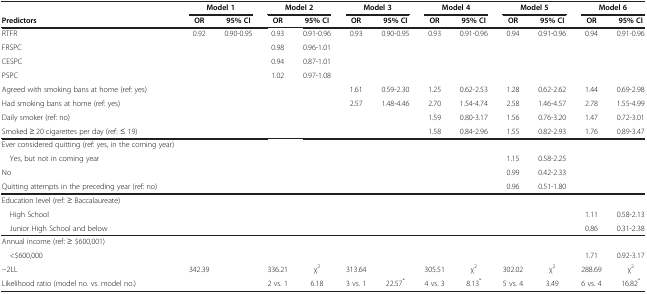
<table><thead><tr><td><b> </b></td><td colspan="2"><b>Model 1</b></td><td colspan="2"><b>Model 2</b></td><td colspan="2"><b>Model 3</b></td><td colspan="2"><b>Model 4</b></td><td colspan="2"><b>Model 5</b></td><td colspan="2"><b>Model 6</b></td></tr><tr><td><b>Predictors</b></td><td><b>OR</b></td><td><b>95% CI</b></td><td><b>OR</b></td><td><b>95% CI</b></td><td><b>OR</b></td><td><b>95% CI</b></td><td><b>OR</b></td><td><b>95% CI</b></td><td><b>OR</b></td><td><b>95% CI</b></td><td><b>OR</b></td><td><b>95% CI</b></td></tr></thead><tbody><tr><td>RTFR</td><td>0.92</td><td>0.90-0.95</td><td>0.93</td><td>0.91-0.96</td><td>0.93</td><td>0.90-0.95</td><td>0.93</td><td>0.91-0.96</td><td>0.94</td><td>0.91-0.96</td><td>0.94</td><td>0.91-0.96</td></tr><tr><td>FRSPC</td><td> </td><td> </td><td>0.98</td><td>0.96-1.01</td><td> </td><td> </td><td> </td><td> </td><td> </td><td> </td><td> </td><td> </td></tr><tr><td>CESPC</td><td> </td><td> </td><td>0.94</td><td>0.87-1.01</td><td> </td><td> </td><td> </td><td> </td><td> </td><td> </td><td> </td><td> </td></tr><tr><td>PSPC</td><td> </td><td> </td><td>1.02</td><td>0.97-1.08</td><td> </td><td> </td><td> </td><td> </td><td> </td><td> </td><td> </td><td> </td></tr><tr><td>Agreed with smoking bans at home (ref: yes)</td><td> </td><td> </td><td> </td><td> </td><td>1.61</td><td>0.59-2.30</td><td>1.25</td><td>0.62-2.53</td><td>1.28</td><td>0.62-2.62</td><td>1.44</td><td>0.69-2.98</td></tr><tr><td>Had smoking bans at home (ref: yes)</td><td> </td><td> </td><td> </td><td> </td><td>2.57</td><td>1.48-4.46</td><td>2.70</td><td>1.54-4.74</td><td>2.58</td><td>1.46-4.57</td><td>2.78</td><td>1.55-4.99</td></tr><tr><td>Daily smoker (ref: no)</td><td> </td><td> </td><td> </td><td> </td><td> </td><td> </td><td>1.59</td><td>0.80-3.17</td><td>1.56</td><td>0.76-3.20</td><td>1.47</td><td>0.72-3.01</td></tr><tr><td>Smoked ≥ 20 cigarettes per day (ref: ≤ 19)</td><td> </td><td> </td><td> </td><td> </td><td> </td><td> </td><td>1.58</td><td>0.84-2.96</td><td>1.55</td><td>0.82-2.93</td><td>1.76</td><td>0.89-3.47</td></tr><tr><td>Ever considered quitting (ref: yes, in the coming year)</td><td> </td><td> </td><td> </td><td> </td><td> </td><td> </td><td> </td><td> </td><td> </td><td> </td><td> </td><td> </td></tr><tr><td> Yes, but not in coming year</td><td> </td><td> </td><td> </td><td> </td><td> </td><td> </td><td> </td><td> </td><td>1.15</td><td>0.58-2.25</td><td> </td><td> </td></tr><tr><td>No</td><td> </td><td> </td><td> </td><td> </td><td> </td><td> </td><td> </td><td> </td><td>0.99</td><td>0.42-2.33</td><td> </td><td> </td></tr><tr><td>Quitting attempts in the preceding year (ref: no)</td><td> </td><td> </td><td> </td><td> </td><td> </td><td> </td><td> </td><td> </td><td>0.96</td><td>0.51-1.80</td><td> </td><td> </td></tr><tr><td>Education level (ref: ≥ Baccalaureate)</td><td> </td><td> </td><td> </td><td> </td><td> </td><td> </td><td> </td><td> </td><td> </td><td> </td><td> </td><td> </td></tr><tr><td> High School</td><td> </td><td> </td><td> </td><td> </td><td> </td><td> </td><td> </td><td> </td><td> </td><td> </td><td>1.11</td><td>0.58-2.13</td></tr><tr><td> Junior High School and below</td><td> </td><td> </td><td> </td><td> </td><td> </td><td> </td><td> </td><td> </td><td> </td><td> </td><td>0.86</td><td>0.31-2.38</td></tr><tr><td>Annual income (ref: ≥ $600,001)</td><td> </td><td> </td><td> </td><td> </td><td> </td><td> </td><td> </td><td> </td><td> </td><td> </td><td> </td><td> </td></tr><tr><td> &lt;$600,000</td><td> </td><td> </td><td> </td><td> </td><td> </td><td> </td><td> </td><td> </td><td> </td><td> </td><td>1.71</td><td>0.92-3.17</td></tr><tr><td>−2LL</td><td>342.39</td><td> </td><td>336.21</td><td>χ<sup>2</sup></td><td>313.64</td><td> </td><td>305.51</td><td>χ<sup>2</sup></td><td>302.02</td><td>χ<sup>2</sup></td><td>288.69</td><td>χ<sup>2</sup></td></tr><tr><td>Likelihood ratio (model no. vs. model no.)</td><td> </td><td> </td><td>2 vs. 1</td><td>6.18</td><td>3 vs. 1</td><td>22.57<sup>*</sup></td><td>4 vs. 3</td><td>8.13<sup>*</sup></td><td>5 vs. 4</td><td>3.49</td><td>6 vs. 4</td><td>16.82<sup>*</sup></td></tr></tbody></table>